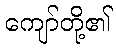
ကျော်တို့၏